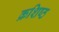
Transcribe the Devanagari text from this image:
क्रशिष्ठ